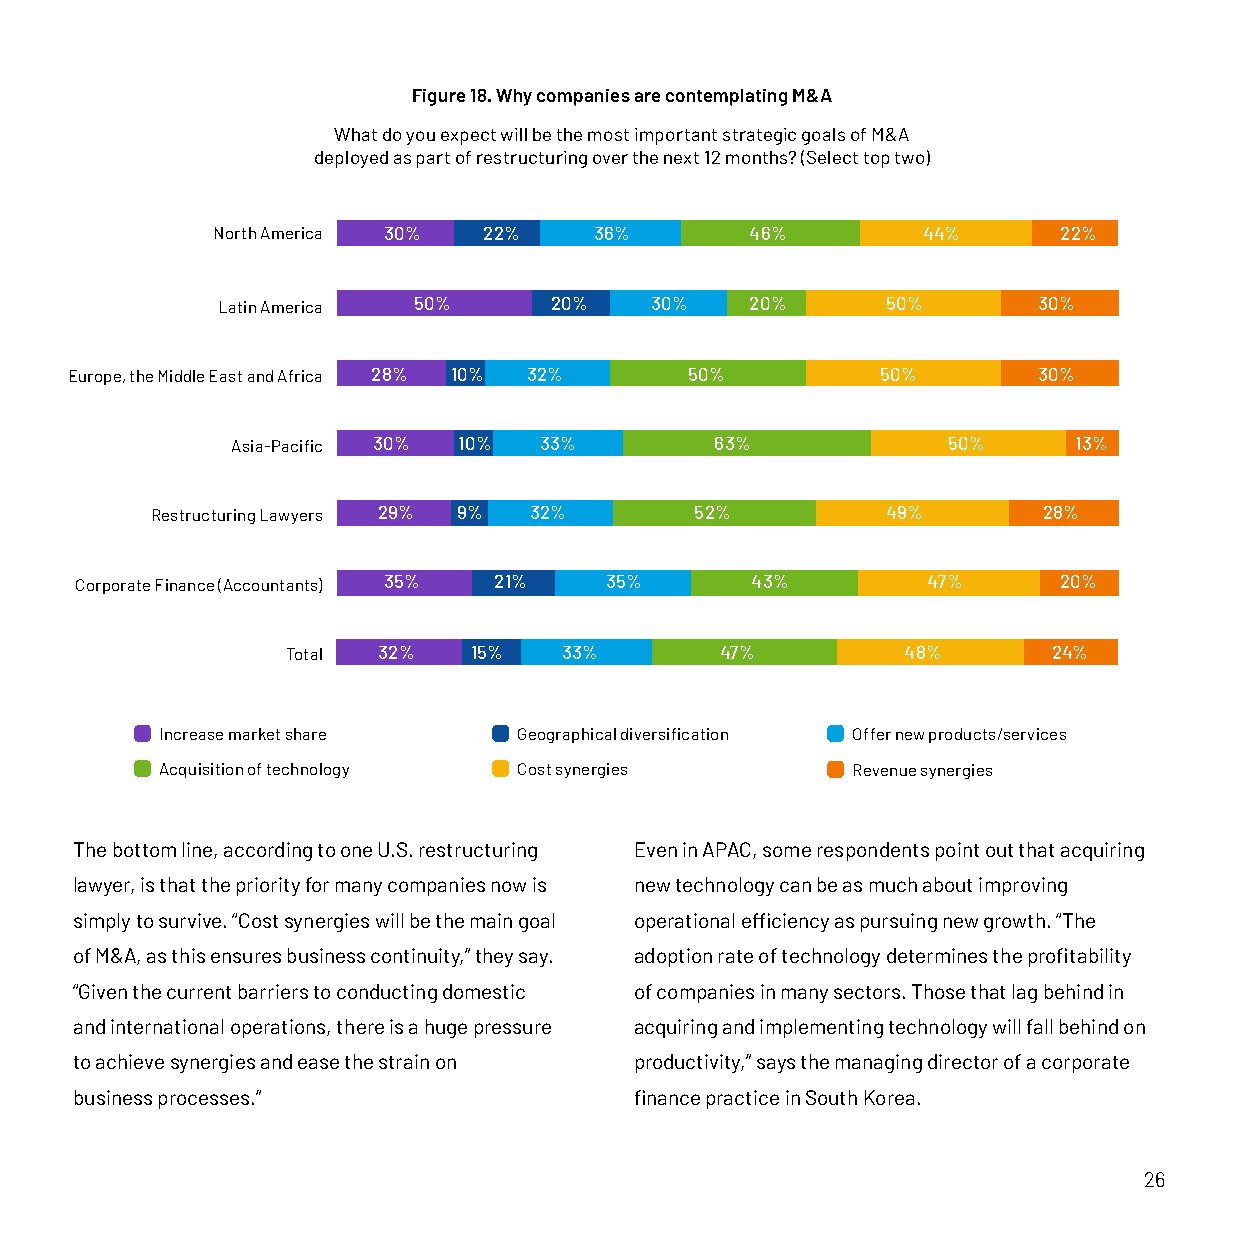
Figure 18. Why companies are contemplating M&A
 What do you expect will be the most important strategic goals of M&A
 deployed as part of restructuring over the next 12 months? (Select top two)
 North America 30% 22%    36%        46%        44%      22%
 Latin America 50%     20%    30%    20%      50%       30%
 Europe, the Middle East and Africa 28% 10% 32% 50%    50%        30%
 Asia-Pacific 30% 10% 33%        63%             50%     13%
 Restructuring Lawyers 29% 9% 32%    52%          49%       28%
 Corporate Finance (Accountants) 35% 21% 35%  43%        47%      20%
 Total 32%   15%   33%        47%         48%       24%
 Increase market share  Geographical diversification Offer new products/services
 Acquisition of technology Cost synergies     Revenue synergies
 The bottom line, according to one U.S. restructuring Even in APAC, some respondents point out that acquiring
 lawyer, is that the priority for many companies now is new technology can be as much about improving
 simply to survive. “Cost synergies will be the main goal operational efficiency as pursuing new growth. “The
 of M&A, as this ensures business continuity,” they say. adoption rate of technology determines the profitability
 “Given the current barriers to conducting domestic of companies in many sectors. Those that lag behind in
 and international operations, there is a huge pressure acquiring and implementing technology will fall behind on
 to achieve synergies and ease the strain on productivity,” says the managing director of a corporate
 business processes.”                 finance practice in South Korea.
 26